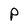
Character: P